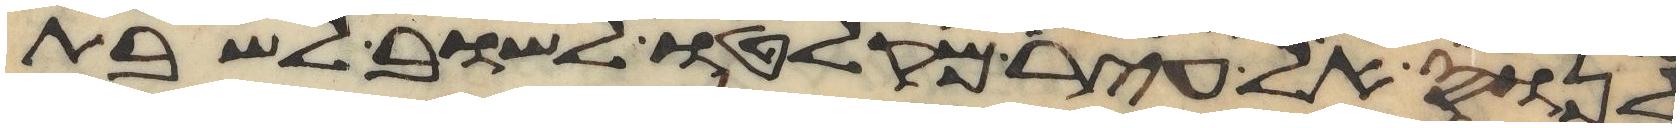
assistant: לנוס אל עיר מקלטו לשוב לשבת